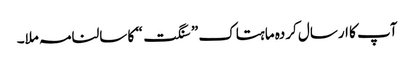
آپ کا ارسال کردہ ماہتاک ” سنگت“ کا سالنامہ ملا۔